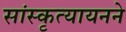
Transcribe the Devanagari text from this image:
सांस्कृत्यायनने